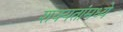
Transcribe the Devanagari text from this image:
शक्यतांमध्ये